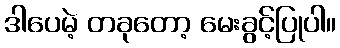
ဒါပေမဲ့ တခုတော့ မေးခွင့်ပြုပါ။